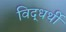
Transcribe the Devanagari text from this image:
विद्धर्थी